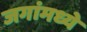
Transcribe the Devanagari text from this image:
जगांमध्ये